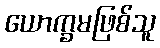
ယောက္ခမဖြစ်သူ